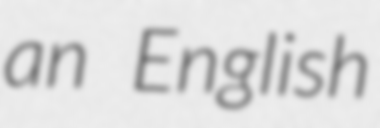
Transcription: an English